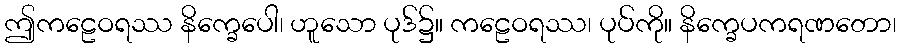
ဤကဠေဝရဿ နိက္ခေပေါ၊ ဟူသော ပုဒ်၌။ ကဠေဝရဿ၊ ပုပ်ကို။ နိက္ခေပကရဏတော၊